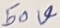
Text: 50V